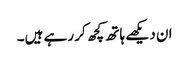
ان دیکھے ہاتھ کچھ کر رہے ہیں۔